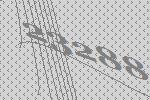
23288